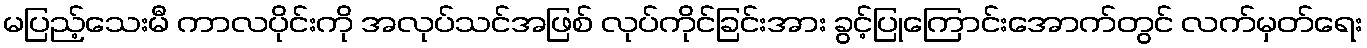
မပြည့်သေးမီ ကာလပိုင်းကို အလုပ်သင်အဖြစ် လုပ်ကိုင်ခြင်းအား ခွင့်ပြုကြောင်းအောက်တွင် လက်မှတ်ရေး